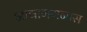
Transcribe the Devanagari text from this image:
आवागमनास